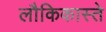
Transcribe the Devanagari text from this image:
लौकिकास्ते